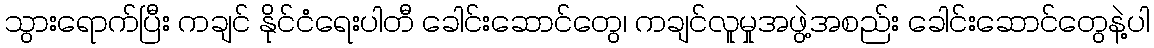
သွားရောက်ပြီး ကချင် နိုင်ငံရေးပါတီ ခေါင်းဆောင်တွေ၊ ကချင်လူမှုအဖွဲ့အစည်း ခေါင်းဆောင်တွေနဲ့ပါ